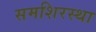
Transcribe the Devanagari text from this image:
समशिरस्था